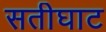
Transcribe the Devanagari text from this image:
सतीघाट